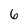
Character: 6